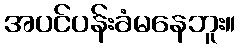
အပင်ပန်းခံမနေဘူး။